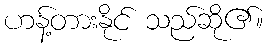
ဟန့်တားနိုင် သည်ဆို၏။